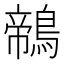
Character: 鶙